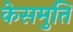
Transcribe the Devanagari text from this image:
केसमुति